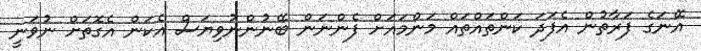
އޭނަގެ ފަރާތުން އެފަދަ ކަންތައްތައް މަންމައަށް ފެންނަން ބޭނުންނުވިޔަސް އެކަން އެގޮތަށް ނުވަނީ